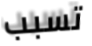
تسبب